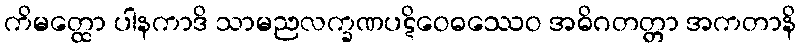
ကိမတ္ထော ပါနကာဒိ သာမညလက္ခဏပဋိဝေဓဿေဝ အဓိဂတတ္တာ အကတာနိ